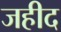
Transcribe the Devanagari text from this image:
जहीद